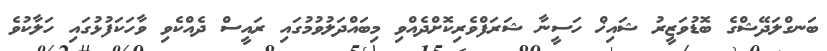
ބަނގްލަދޭޝްގެ ބޮޑުވަޒީރު ޝައިޚް ހަސީނާ ޝަރަފްވެރިކޮށްދެއްވި މިބައްދަލުވުމުގައި ރައީސް ދެއްކެވި ވާހަކަފުޅުގައި ހަލާކުވެ